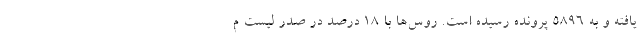
یافته و به 5896 پرونده رسیده است. روس‌ها با 18 درصد در صدر لیست م